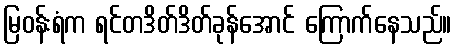
မြဝန်းရံက ရင်တဒိတ်ဒိတ်ခုန်အောင် ကြောက်နေသည်။